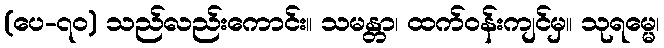
(ပေ-၇၀) သည်လည်းကောင်း။ သမန္တာ၊ ထက်ဝန်းကျင်မှ။ သုရမ္မေ၊